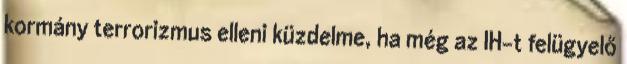
kormány terrorizmus elleni küzdelme, ha még az IH-t felügyelő